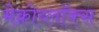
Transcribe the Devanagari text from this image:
मेक्रोब्लॉक्स